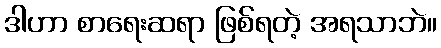
ဒါဟာ စာရေးဆရာ ဖြစ်ရတဲ့ အရသာဘဲ။